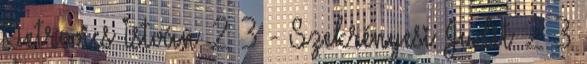
Petrovics István 2 3 - Szekrényesi Judit 2 3